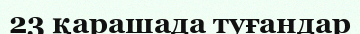
23 қарашада туғандар